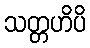
သတ္တဟိပိ